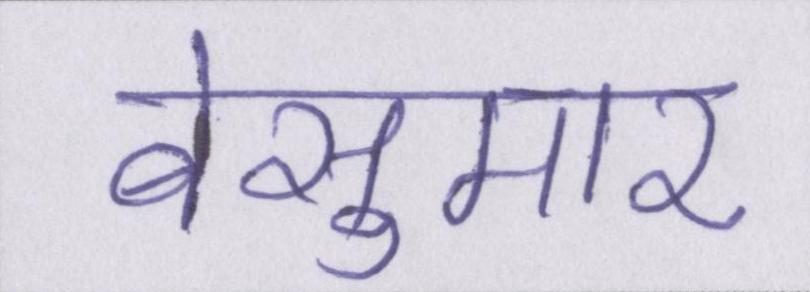
बेसुमार